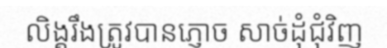
លិង្គរឹងត្រូវបានភ្ញោច សាច់ដុំជុំវិញ